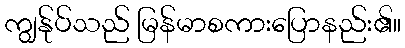
ကျွန်ုပ်သည် မြန်မာစကားပြောနည်း၏။